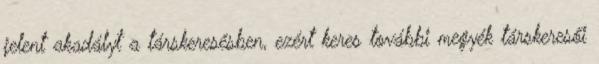
jelent akadályt a társkeresésben, ezért keres további megyék társkeresői